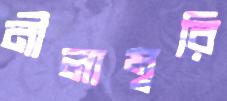
নীলাম্বরি